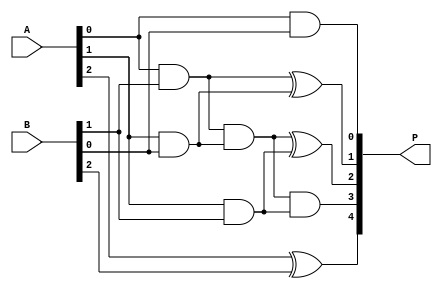
module Multiplying(
input [2:0] A,
input [2:0] B,
output reg [4:0] P

);

assign P[0]= A[0] && B[0];
assign P[1]= (A[0] && B[1]) ^ (A[1] && B[0]);
assign P[2]= ((A[0]&&B[1])&&(A[1]&&B[0]))^(A[1]&&B[1]);
assign P[3]= ((A[0]&&B[1])&&(A[1]&&B[0]))&&(A[1]&&B[1]);
assign P[4]= A[2]^B[2];

endmodule